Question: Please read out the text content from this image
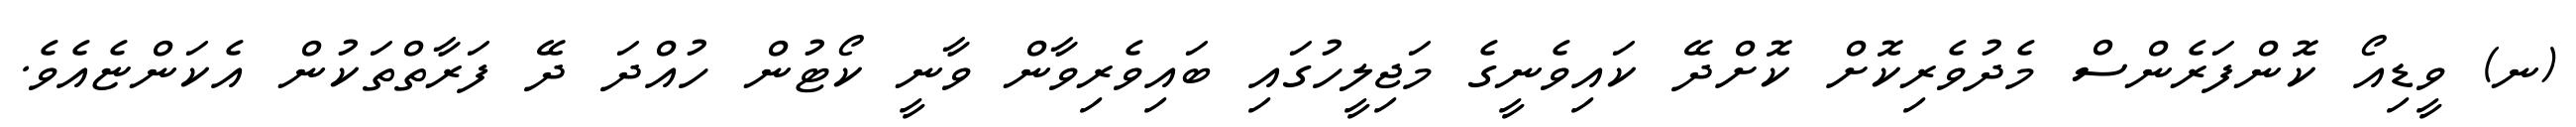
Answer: (ނ) ވީޑިއޯ ކޮންފަރެންސް މެދުވެރިކޮށް ކޮށްދޭ ކައިވެނީގެ މަޖިލީހުގައި ބައިވެރިވާން ވާނީ ކޯޓުން ހުއްދަ ދޭ ފަރާތްތަކުން އެކަންޏެއެވެ.